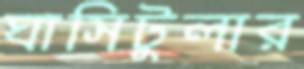
ঘাসিটুলার